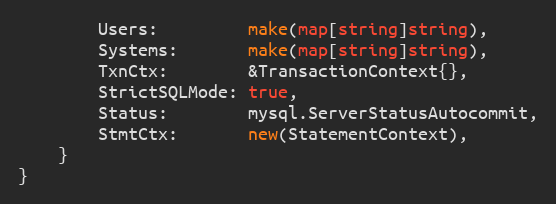
Language: Go
		Users:         make(map[string]string),
		Systems:       make(map[string]string),
		TxnCtx:        &TransactionContext{},
		StrictSQLMode: true,
		Status:        mysql.ServerStatusAutocommit,
		StmtCtx:       new(StatementContext),
	}
}